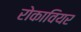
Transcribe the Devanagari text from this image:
रोकावियर